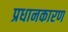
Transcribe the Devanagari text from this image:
प्रधानकारण